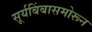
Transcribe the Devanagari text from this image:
सूर्यबिंबासमोरून